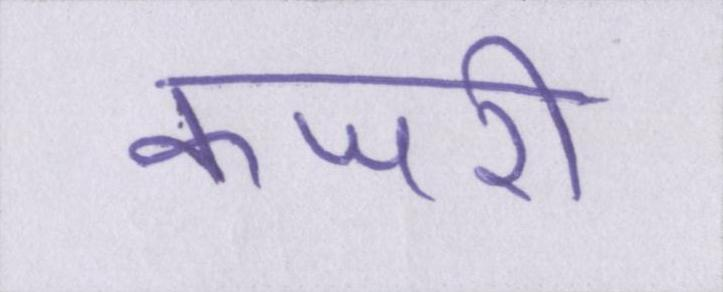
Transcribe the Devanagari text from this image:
कजरी